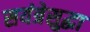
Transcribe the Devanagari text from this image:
सयंत्रेसुद्धा